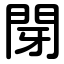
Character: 閕